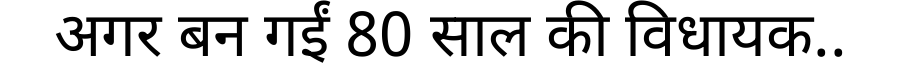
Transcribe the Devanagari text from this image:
अगर बन गईं 80 साल की विधायक..